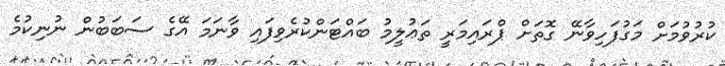
ކުރުވުމަށް މަގުފަހިވާނޭ ގޮތަށް ޕްރައިމަރީ ތަޢުލީމު ބައްޓަންކުރެވިފައި ވާނަމަ އޭގެ ސަބަބުން ނުނިކުމެ